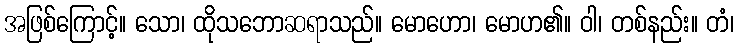
အဖြစ်ကြောင့်။ သော၊ ထိုသဘောဆရာသည်။ မောဟော၊ မောဟ၏။ ဝါ၊ တစ်နည်း။ တံ၊